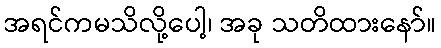
အရင်ကမသိလို့ပေါ့၊ အခု သတိထားနော်။